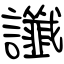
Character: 讖